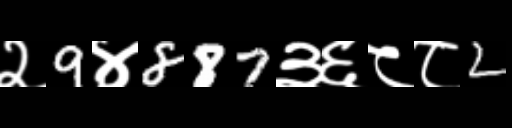
Text: २9४887३६८८2